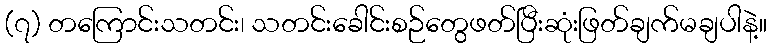
(၇) တကြောင်းသတင်း၊ သတင်းခေါင်းစဉ်တွေဖတ်ပြီးဆုံးဖြတ်ချက်မချပါနဲ့။